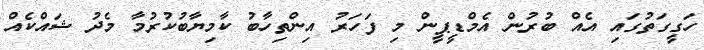
ހަގީގަތުގައި އެއް ބުރުން އެމްޑީޕީން މި ފަހަރު އިންތިހާބު ކާމިޔާބުކުރުމާ މެދު ޝައްކެއް